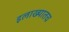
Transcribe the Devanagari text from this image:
इलाख्यातच